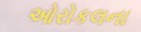
ઓરોકલના